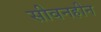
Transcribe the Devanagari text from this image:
सीवनहीन